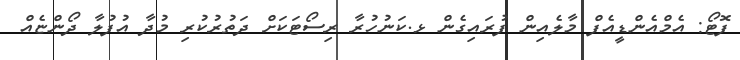
ފޮޓޯ: އެމްއެންޑީއެފް މާލެއިން ފުރައިގެން ޅ.ކަނުހުރާ ރިސޯޓަކަށް ދަތުރުކުރި މުދާ އުފުލާ ދޯންޏެއް